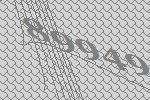
89949